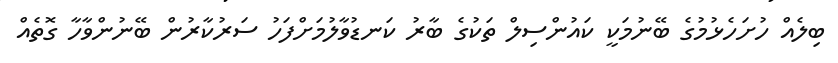
ބިލެއް ހުށަހެޅުމުގެ ބޭނުމަކީ ކައުންސިލް ތަކުގެ ބާރު ކަނޑުވާލުމަށްފަހު ސަރުކާރުން ބޭނުންވާހާ ގޮތެއް